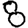
Digit: 8